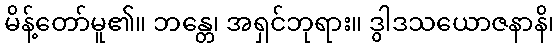
မိန့်တော်မူ၏။ ဘန္တေ၊ အရှင်ဘုရား။ ဒွါဒသယောဇနာနိ၊